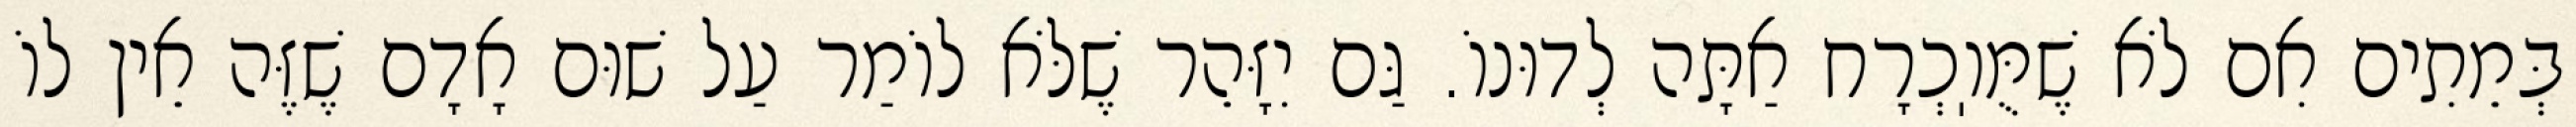
בְּמֵתִים אִם לֹא שֶׁמֻּוֽכְרָח אַתָּה לְדוּנוֹ. גַּם יִזָּהֵר שֶׁלֹּא לוֹמַר עַל שׁוּם אָדָם שֶׁזֶּה אֵין לוֹ